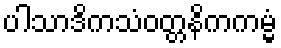
ပါသာဒိကသံဝတ္တနိကကမ္မံ